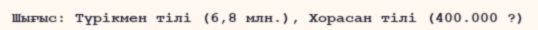
Шығыс: Түрікмен тілі (6,8 млн.), Хорасан тілі (400.000 ?)